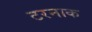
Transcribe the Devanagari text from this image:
टरनाक